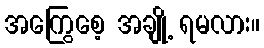
အကြွေစေ့ အချို့ ရမလား။